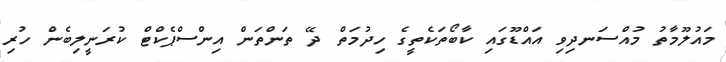
މައުލޫމާތު މުއްސަނދިވި އައްޑޫގައި ކާބޯތަކެތީގެ ހިދުމަތް ދޭ ތަންތަން އިންސްޕެކްޓް ކުރަނީލިބެން ހުރި